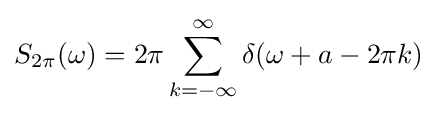
S_{2\pi }(\omega )=2\pi \sum _{k=-\infty }^{\infty }\delta (\omega +a-2\pi k)